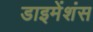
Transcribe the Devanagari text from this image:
डाइमेंशंस